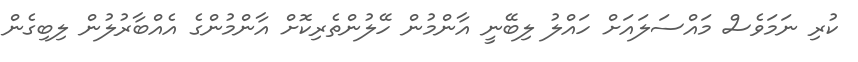
ކުރި ނަމަވެސް މައްސަލައަށް ހައްލު ލިބޭނީ އާންމުން ހޭލުންތެރިކޮށް އާންމުންގެ އެއްބާރުލުން ލިބިގެން